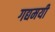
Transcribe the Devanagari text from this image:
गद्यमयी